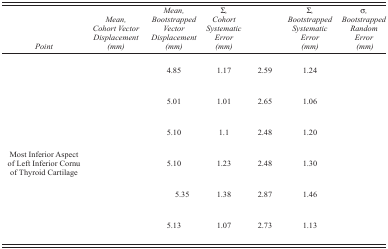
<table><thead><tr><td><b><i>Point</i></b></td><td><b><i>Mean, Cohort Vector Displacement (mm)</i></b></td><td><b><i>Mean, Bootstrapped Vector Displacement (mm)</i></b></td><td><b>Σ<i>, Cohort Systematic Error (mm)</i></b></td><td>[EMPTY_CELL]</td><td><b>Σ<i>, Bootstrapped Systematic Error (mm)</i></b></td><td><b>σ<i>, Bootstrapped Random Error (mm)</i></b></td></tr></thead><tbody><tr><td>[EMPTY_CELL]</td><td>[EMPTY_CELL]</td><td>4.85</td><td>1.17</td><td>2.59</td><td>1.24</td><td>[EMPTY_CELL]</td></tr><tr><td>[EMPTY_CELL]</td><td>[EMPTY_CELL]</td><td>5.01</td><td>1.01</td><td>2.65</td><td>1.06</td><td>[EMPTY_CELL]</td></tr><tr><td>[EMPTY_CELL]</td><td>[EMPTY_CELL]</td><td>5.10</td><td>1.1</td><td>2.48</td><td>1.20</td><td>[EMPTY_CELL]</td></tr><tr><td>Most Inferior Aspect of Left Inferior Cornu of Thyroid Cartilage</td><td>[EMPTY_CELL]</td><td>5.10</td><td>1.23</td><td>2.48</td><td>1.30</td><td>[EMPTY_CELL]</td></tr><tr><td>[EMPTY_CELL]</td><td>[EMPTY_CELL]</td><td>5.35</td><td>1.38</td><td>2.87</td><td>1.46</td><td>[EMPTY_CELL]</td></tr><tr><td>[EMPTY_CELL]</td><td>[EMPTY_CELL]</td><td>5.13</td><td>1.07</td><td>2.73</td><td>1.13</td><td>[EMPTY_CELL]</td></tr></tbody></table>